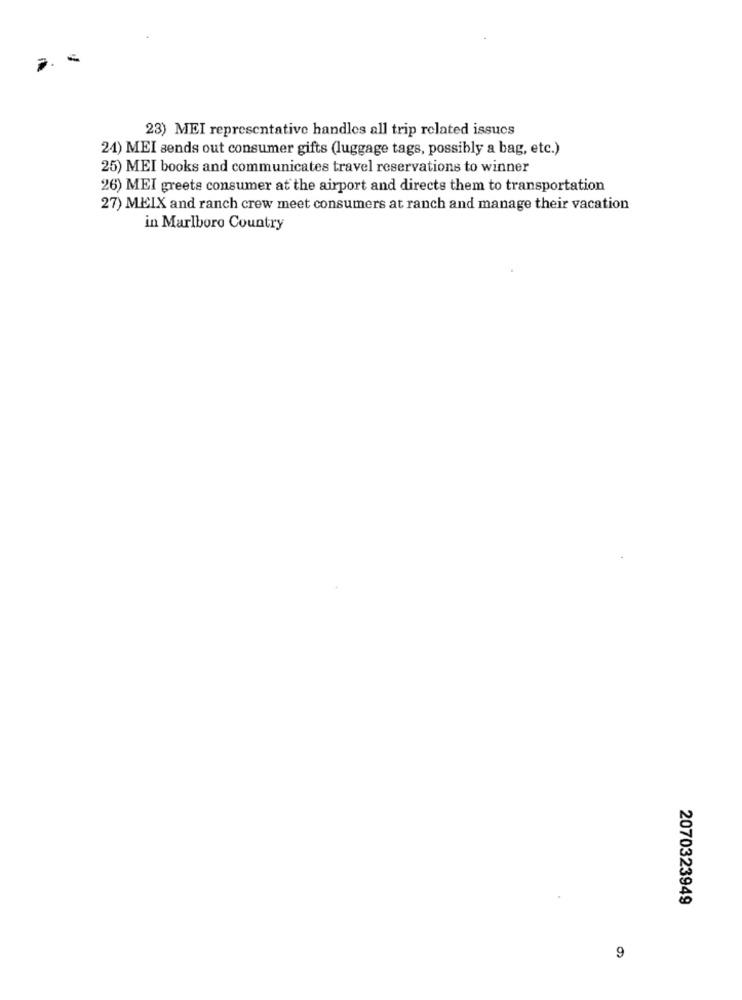
23) MEI representative handles all trip related issues
24) MEI sends out consumer gifts (luggage tags, possibly a bag, etc.)
25) MEI books and communicates travel reservations to winner
26) MEI greets consumer at the airport and directs them to transportation
27) MEIX and ranch crew meet consumers at ranch and manage their vacation
in Marlboro Country
2070323949
9